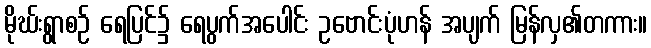
မိုဃ်းရွာစဉ် ရေပြင်၌ ရေပွက်အပေါင်း ဥဗောင်းပုံဟန် အပျက် မြန်လှ၏တကား။